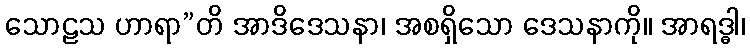
သောဠသ ဟာရာ”တိ အာဒိဒေသနာ၊ အစရှိသော ဒေသနာကို။ အာရဒ္ဓါ၊